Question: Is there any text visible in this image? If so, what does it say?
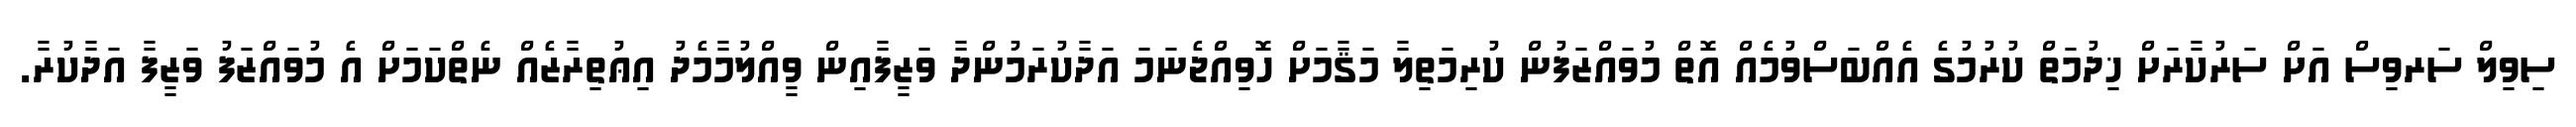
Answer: ސިވިލް ސަރވިސް އަށް ސަރުކާރަށް ޚިދުމަތް ކުރުމުގެ އެއްބަސްވުމެއް އޮތް މުވައްޒަފުން ކުރިމަތިލާ މަޤާމަށް ހޮވިއްޖެނަމަ އަދާކުރަމުންދާ ވަޒީފާއިން ވީއްލުމާމެދު އިޢުތިރާޒެއް ނެތްކަމަށް އެ މުވައްޒަފު ވަޒީފާ އަދާކުރާ.